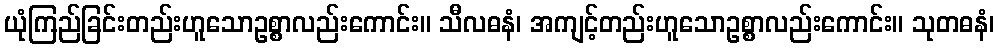
ယုံကြည်ခြင်းတည်းဟူသောဥစ္စာလည်းကောင်း။ သီလဓနံ၊ အကျင့်တည်းဟူသောဥစ္စာလည်းကောင်း။ သုတဓနံ၊